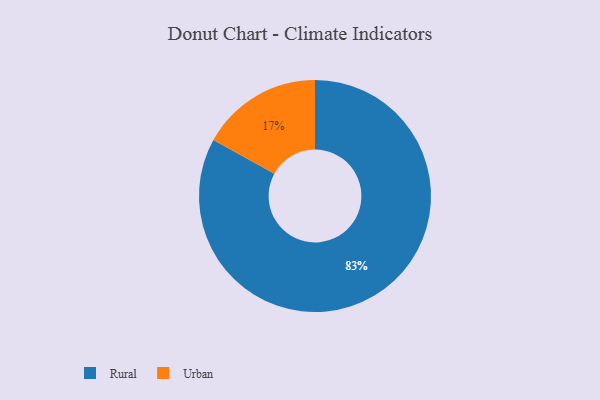
{"axis": {"x": "Category", "y": "Percentage"}, "legend": ["Rural", "Urban"], "data": [{"x": "Urban", "y": 17, "type": "Urban"}, {"x": "Rural", "y": 83, "type": "Rural"}]}